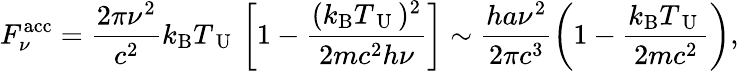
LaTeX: F_{\nu}^{\mathrm{acc}}=\frac{2\pi\nu^{2}}{c^{2}}k_{\mathrm{B}}T_{\mathrm{~U~}}\left[1-\frac{(k_{\mathrm{B}}T_{\mathrm{~U~}})^{2}}{2mc^{2}h\nu}\right]\sim\frac{ha\nu^{2}}{2\pi c^{3}}\left(1-\frac{k_{\mathrm{B}}T_{\mathrm{~U~}}}{2mc^{2}}\right),